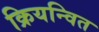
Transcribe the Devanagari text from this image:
क्रियन्वित